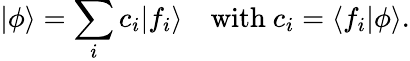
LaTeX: |\phi\rangle=\sum_{i}c_{i}|f_{i}\rangle\quad{\mathrm{with~}}c_{i}=\langle f_{i}|\phi\rangle.